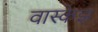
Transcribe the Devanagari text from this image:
वास्केझ